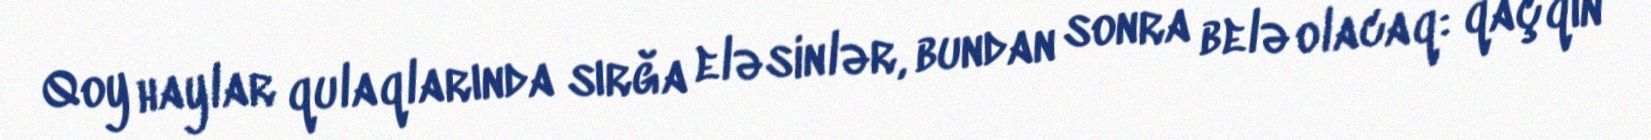
Qoy haylar qulaqlarında sırğa eləsinlər, bundan sonra belə olacaq: qaçqın